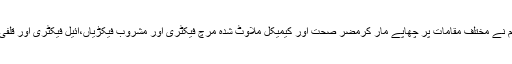
07 مئی2018ء) پنجاب فوڈ اتھارٹی کی فوڈ سیفٹی ٹیم نے مختلف مقامات پر چھاپے مار کرمضر صحت اور کیمیکل ملاوٹ شدہ مرچ فیکٹری اور مشروب فیکڑیاں،آئیل فیکٹری اور قلفی کارخانہ کو سیل کر کے کاروائی کا عمل تیز کر دیا۔